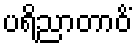
ပရိညာတာဝိံ